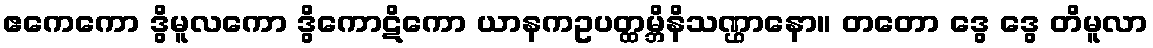
ဧကေကော ဒွိမူလကော ဒွိကောဋိကော ယာနကဥပတ္ထမ္ဘိနိသဏ္ဌာနော။ တတော ဒွေ ဒွေ တိမူလာ